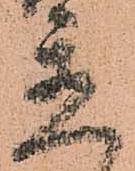
送